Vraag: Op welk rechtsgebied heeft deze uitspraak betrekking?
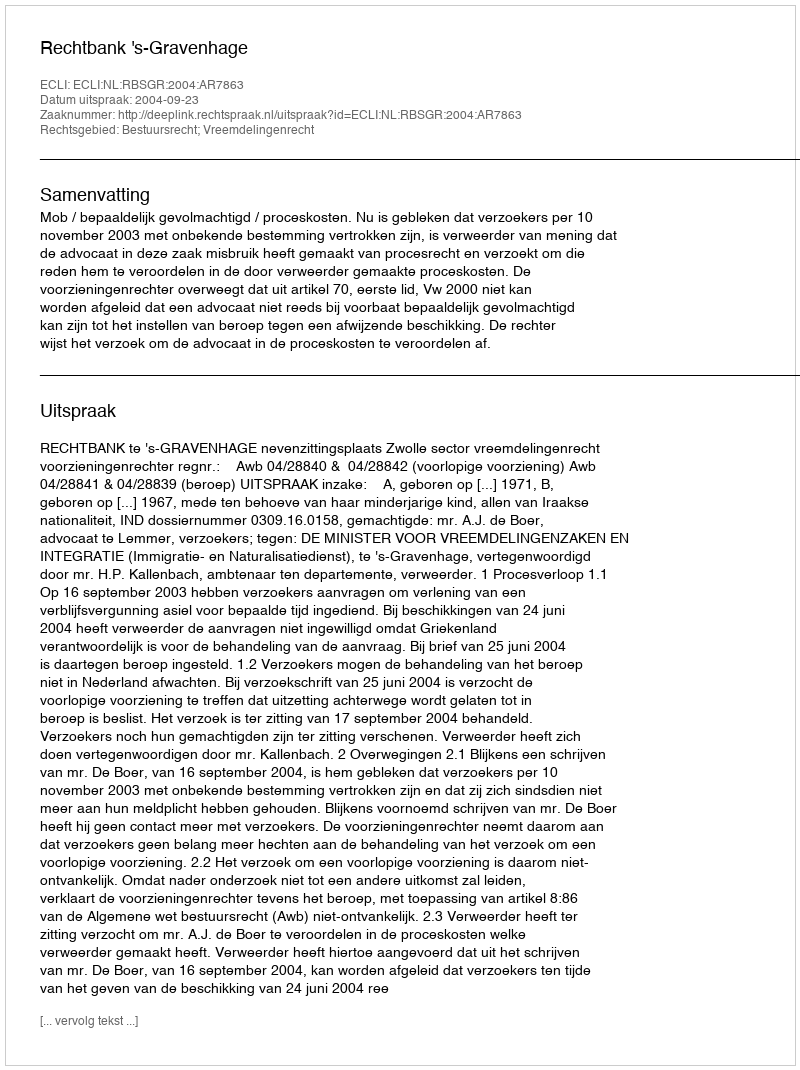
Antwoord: Bestuursrecht; Vreemdelingenrecht